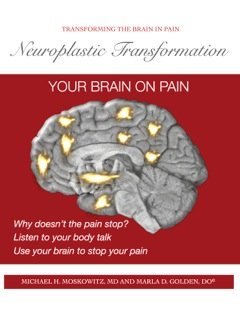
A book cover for Neuroplastic Transformation Workbook; Michael H. Moskowitz M.D.; Health, Fitness & Dieting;